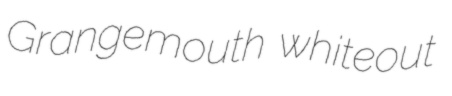
Grangemouth whiteout